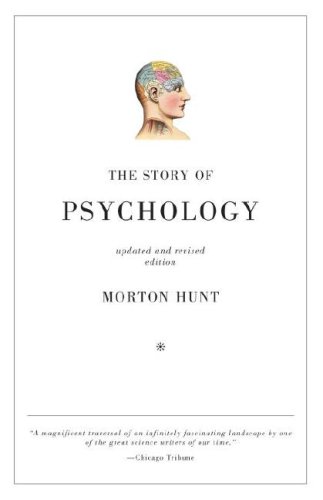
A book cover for The Story of Psychology; Morton Hunt; Medical Books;